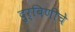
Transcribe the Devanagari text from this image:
दुर्बिणीचे